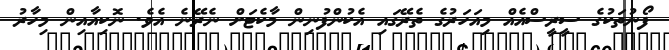
ފޯނުތަކުގެ ސީރީސްއެއް މިއަހަރުގެ ތެރޭގައި އެކުންފުނިން މާކެޓަށް ނެރޭނެ އެވެ. ނޮކިއާއިން މިހާރު